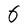
Character: 6